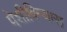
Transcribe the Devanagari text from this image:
पेशीविन्यास